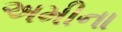
અમીના